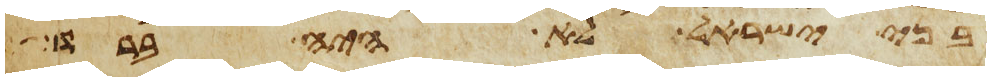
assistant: בני ישראל לא היה ברד